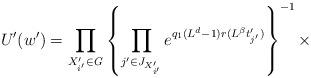
LaTeX: \begin{align*}U'(w')=\prod_{X'_{i'}\in {\it G}}\left\{\prod_{j'\in J_{X'_{i'}}}e^{q_{1}(L^d-1)r(L^{\beta}t'_{j'})}\right\}^{-1}\times\end{align*}